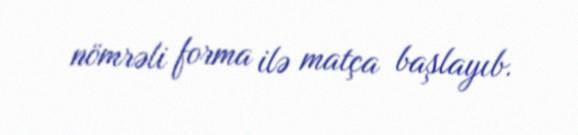
nömrəli forma ilə matça başlayıb.